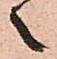
之